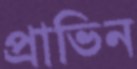
প্রাভিন